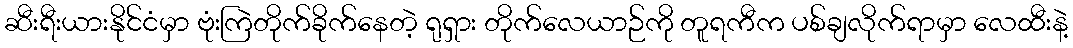
ဆီးရီးယားနိုင်ငံမှာ ဗုံးကြဲတိုက်ခိုက်နေတဲ့ ရုရှား တိုက်လေယာဉ်ကို တူရကီက ပစ်ချလိုက်ရာမှာ လေထီးနဲ့